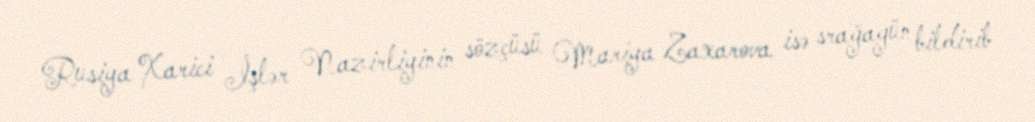
Rusiya Xarici İşlər Nazirliyinin sözçüsü Mariya Zaxarova isə srağagün bildirib